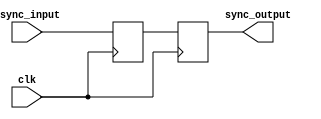
module CascadeSynchronizer (
    input wire async_input,
    input wire clk,
    output reg sync_output
);

reg [1:0] stage1, stage2;

always @(posedge clk) begin
    stage1 <= async_input;
    stage2 <= stage1;
end

assign sync_output = stage2;

endmodule